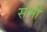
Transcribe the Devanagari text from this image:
सभी